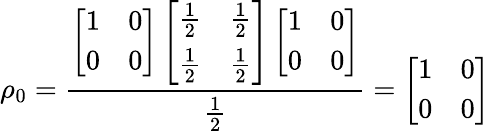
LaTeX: \rho_{0}=\frac{\left[\begin{array}{ll}{1}&{0}\\ {0}&{0}\end{array}\right]\left[\begin{array}{ll}{\frac 12}&{\frac 12}\\ {\frac 12}&{\frac 12}\end{array}\right]\left[\begin{array}{ll}{1}&{0}\\ {0}&{0}\end{array}\right]}{\frac 12}=\left[\begin{array}{ll}{1}&{0}\\ {0}&{0}\end{array}\right]